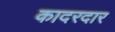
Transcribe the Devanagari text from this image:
कादरदार